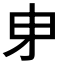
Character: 𭺽